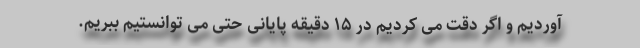
آوردیم و اگر دقت می کردیم در ۱۵ دقیقه پایانی حتی می توانستیم ببریم.